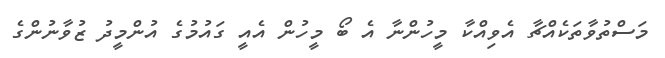
މަސްތުވާތަކެއްޗާ އެވިއްކާ މީހުންނާ އެ ބޯ މީހުން އެއީ ގައުމުގެ އުންމީދު ޒުވާނުންގެ